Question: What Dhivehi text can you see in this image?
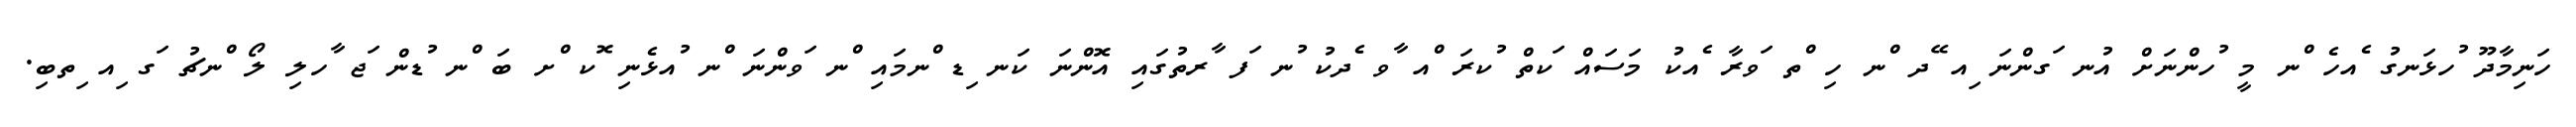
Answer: ހަނިމާދޫ ުހޅަނގު ެއހެ ްނ މީ ުހންނަށް އުނ ަގންނަ ިއ ޭދ ްނ ހި ްތ ަވރާ ެއކު މަސައް ަކތް ުކރަ ްއ ާވ ެދކު ުނ ަފ ާރތުގައި އޮންނަ ކަނ ިޑ ްނމައި ްނ ަވންނަ ްނ ުއޅެނި ޮކ ްށ ބަ ްނ ުޑން ަޖ ާހލި ލޯ ްނޗު ަގ ިއ ިތބި.